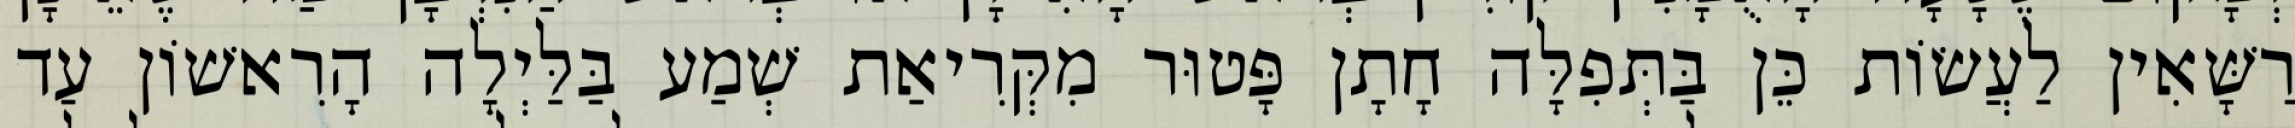
רַשָּׁאִין לַעֲשׂוֹת כֵּן בַּתְּפִלָּה חָתָן פָּטוּר מִקְּרִיאַת שְׁמַע בַּלַּיְלָה הָרִאשׁוֹן עַד